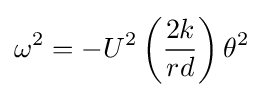
\omega ^{2}=-U^{2}\left({\frac {2k}{rd}}\right)\theta ^{2}